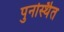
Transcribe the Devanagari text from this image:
पुनर्स्थित